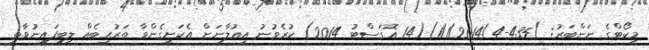
މިކޯޓްގެ ނަންބަރު: )435-1/1/2014/4)(14 އޮގަސްޓު 2014) ކުރެވުނު އިޢުލާނަށް އެކަށީގެންވާ ތަރުޙީބެއް ލިބިފައިނުވާތީ